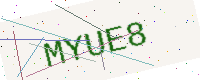
Text: MYUE8